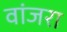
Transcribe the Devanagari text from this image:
वांजरा